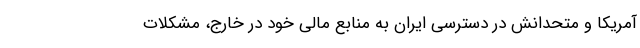
آمریکا و متحدانش در دسترسی ایران به منابع مالی خود در خارج، مشکلات